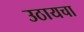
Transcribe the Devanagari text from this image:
उठायचा